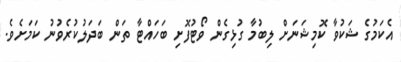
އެކަމުގެ ޝަކުވާ ކޮމިޝަނަށް ލިބުމާ ގުޅިގެން ވޯޓުފޮށި ބަހައްޓާ ތަން ބަދަލުކުރެވުނު ކަމަށެވެ.